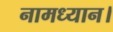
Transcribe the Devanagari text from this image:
नामध्यान।